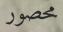
محصور